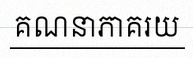
គណនាភាគរយ